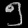
Digit: ၅